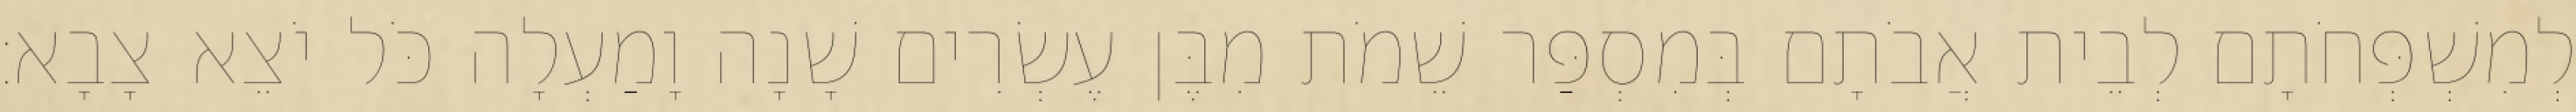
לְמִשְׁפְּחֹתָם לְבֵית אֲבֹתָם בְּמִסְפַּר שֵׁמֹת מִבֶּן עֶשְׂרִים שָׁנָה וָמַעְלָה כֹּל יֹצֵא צָבָא׃